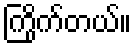
ကြိုက်တယ်။